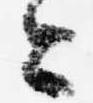
今